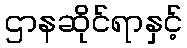
ဌာနဆိုင်ရာနှင့်